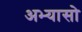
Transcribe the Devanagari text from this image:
अभ्यासो